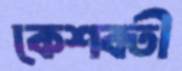
কেশবতী